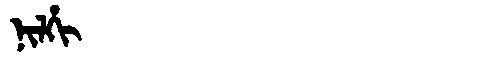
Manchu: ᠨᡳᠯᡥᡳ
Romanization: NILHI